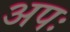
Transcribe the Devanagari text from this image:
अपः